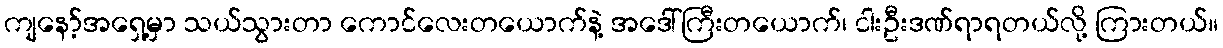
ကျနော့်အရှေ့မှာ သယ်သွားတာ ကောင်လေးတယောက်နဲ့ အဒေါ်ကြီးတယောက်၊ ငါးဦးဒဏ်ရာရတယ်လို့ ကြားတယ်။